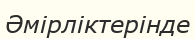
Әмірліктерінде